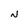
Character: N